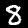
Label: 8